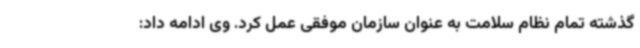
گذشته تمام نظام سلامت به عنوان سازمان موفقی عمل کرد. وی ادامه داد: